Civil Veterinary Dept. Bombay admin report 1932-41 - 1932-1941
Year: 1932
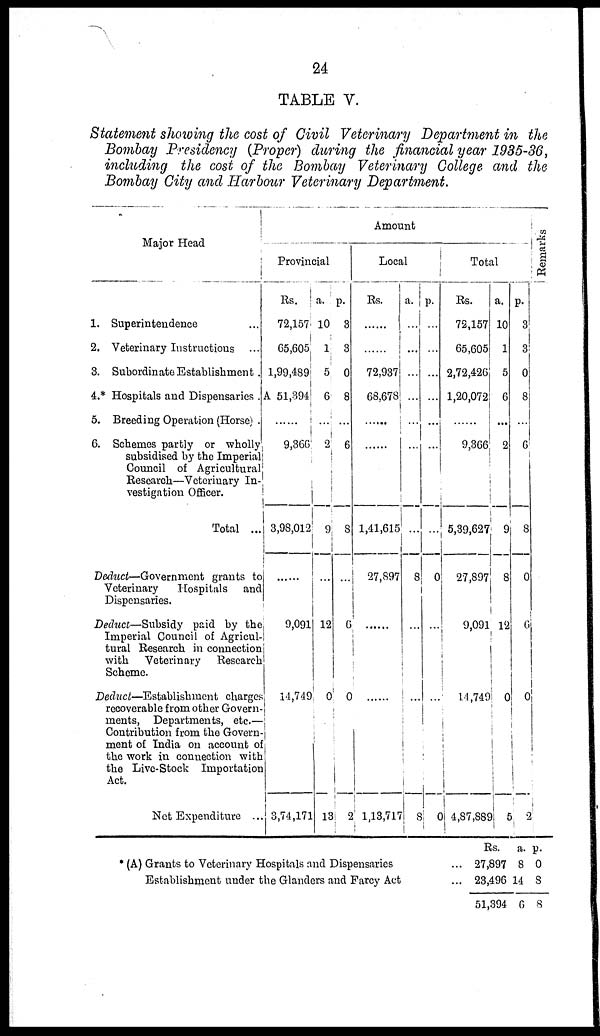
24
TABLE V.
Statement showing the cost of Civil Veterinary Department in the
Bombay Presidency (Proper) during the financial year 1935-36,
including the cost of the Bombay Veterinary College and the
Bombay City and Harbour Veterinary Department.
Major Head
1. Superintendence ...
2. Veterinary Instructions ...
3. Subordinate Establishment .
4.* Hospitals and Dispensaries .
5. Breeding Operation (Horse) .
6. Schemes partly or wholly
subsidised by the Imperial
Council of Agricultural
Research—Veterinary In-
vestigation Officer.
Total ...
Deduct—Government grants to
Veterinary
Hospitals and
Dispensaries.
Deduct—Subsidy paid by the
Imperial Council of Agricul-
tural Research in connection
with Veterinary Research
Scheme.
Deduct—Establishment charges
recoverable from other Govern-
ments, Departments, etc.—
Contribution from the Govern-
ment of India on account of
the work in connection with
the Live-Stock Importation
Act.
Net Expenditure ...
Amount
Provincial
Rs.
72,157
65,605
1,99,489
A 51,394
......
9,366
3,98,012
......
9,091
14,749
3,74,171
a.
10
1
5
6
...
2
9
...
12
0
13
p.
3
3
0
8
...
6
8
...
6
0
2
Local
Rs.
......
......
72,937
68,678
......
......
1,41,615
27,897
......
......
1,13,717
a.
...
...
...
...
...
...
...
8
...
...
8
p.
...
...
...
...
...
...
...
0
...
...
0
Total
Rs.
72,157
65,605
2,72,426
1,20,072
9,366
5,39,627
27,897
9,091
14,749
4,87,889
a.
10
1
5
6
...
2
9
8
12
0
5
p.
3
3
0
8
...
6
8
0
6
0
2
Remarks
* (A) Grants to Veterinary Hospitals and Dispensaries
...
Establishment under the Glanders and Farcy Act
...
Rs.
27,897
23,496
51,394
a.
8
14
6
p.
0
8
8